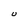
Character: U